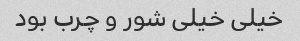
خیلی خیلی شور و چرب بود